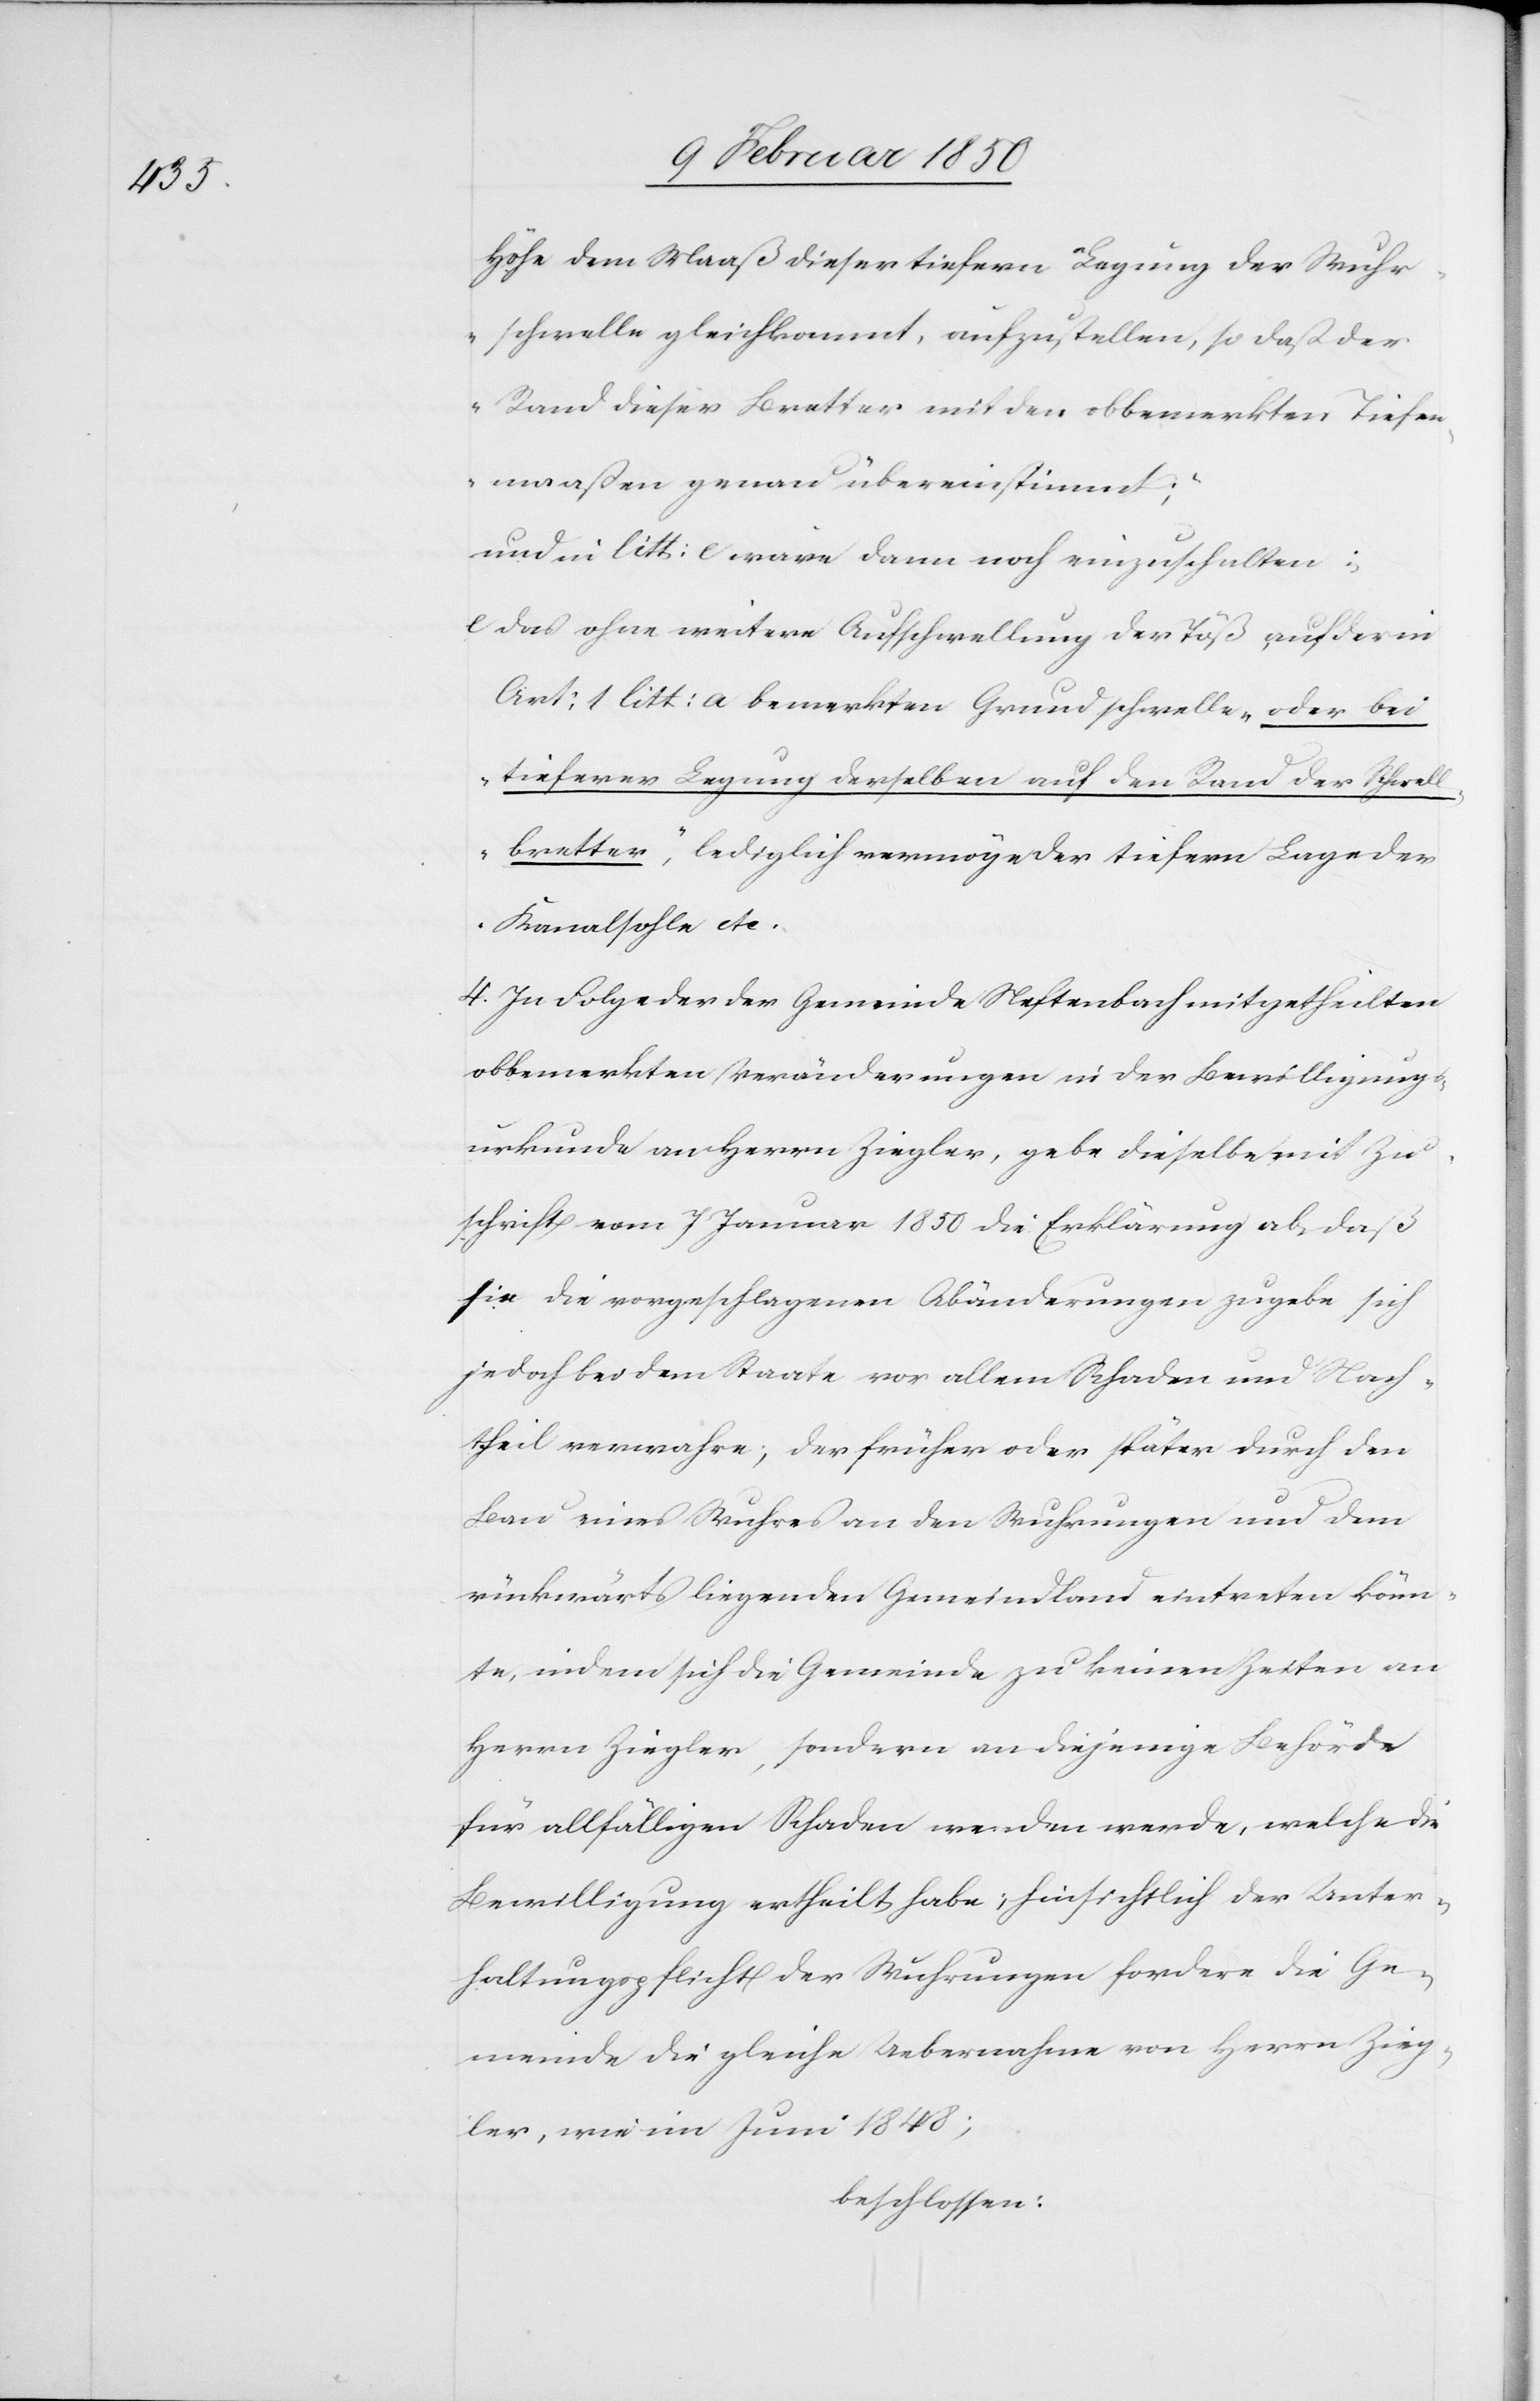
Höhe dem Maaß dieser tiefern Legung der Wuhr¬
schwelle gleichkommt, aufzustellen, so daß der
Rand dieser Bretter mit den obbemerkten Tiefen¬
maaßen genau übereinstimmt;“
und in litt: e wäre dann noch einzuschalten:
e Das ohne weitere Aufschwellung der Töß auf der in
Art: 1 litt: a bemerkten Grundschwelle „oder bei
tieferer Legung derselben auf den Rand der Schwell¬
bretter“, lediglich vermöge der tiefern Lage der
Kanalsohle etc.
4. In Folge der der Gemeinde Neftenbach mitgetheilten
obbemerkten Veränderungen in der Bewilligungs¬
urkunde an Herrn Ziegler, gebe dieselbe mit Zu¬
schrift vom 7 Januar 1850 die Erklärung ab, daß
sie die vorgeschlagenen Abänderungen zugebe sich
jedoch bei dem Staate vor allem Schaden und Nach¬
theil verwahre; der früher oder später durch den
Bau eines Wuhres an den Wuhrungen und dem
rückwärts liegenden Gemeindland eintreten könn¬
te, indem sich die Gemeinde zu keinen Zeiten an
Herrn Zielger, sondern an diejenige Behörde
für allfälligen Schaden wenden werde, welche die
Bewilligung ertheilt habe; hinsichtlich der Unter¬
haltungspflicht der Wuhrungen fordere die Ge¬
meinde die gleiche Uebernahme von Herrn Zieg¬
ler, wie im Juni 1848;
beschlossen: